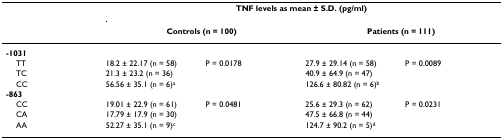
<table><thead><tr><td></td><td colspan="4"><b>TNF levels as mean ± S.D. (pg/ml)</b></td></tr><tr><td></td><td colspan="2"><b>Controls (n = 100)</b></td><td colspan="2"><b>Patients (n = 111)</b></td></tr></thead><tbody><tr><td><b>-1031</b></td><td></td><td></td><td></td><td></td></tr><tr><td> TT</td><td>18.2 ± 22.17 (n = 58)</td><td>P = 0.0178</td><td>27.9 ± 29.14 (n = 58)</td><td>P = 0.0089</td></tr><tr><td> TC</td><td>21.3 ± 23.2 (n = 36)</td><td></td><td>40.9 ± 64.9 (n = 47)</td><td></td></tr><tr><td> CC</td><td>56.56 ± 35.1 (n = 6)<sup>a</sup></td><td></td><td>126.6 ± 80.82 (n = 6)<sup>b</sup></td><td></td></tr><tr><td><b>-863</b></td><td></td><td></td><td></td><td></td></tr><tr><td> CC</td><td>19.01 ± 22.9 (n = 61)</td><td>P = 0.0481</td><td>25.6 ± 29.3 (n = 62)</td><td>P = 0.0231</td></tr><tr><td> CA</td><td>17.79 ± 17.9 (n = 30)</td><td></td><td>47.5 ± 66.8 (n = 44)</td><td></td></tr><tr><td> AA</td><td>52.27 ± 35.1 (n = 9)<sup>c</sup></td><td></td><td>124.7 ± 90.2 (n = 5)<sup>d</sup></td><td></td></tr></tbody></table>